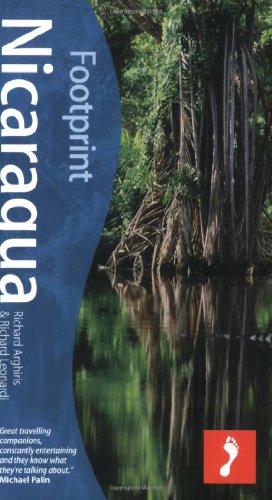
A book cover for Nicaragua, 3rd: Tread Your Own Path (Footprint - Travel Guides); Richard Arghiris; Travel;